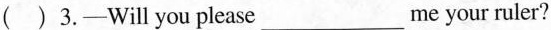
( )3.—Will you please___me your uler?